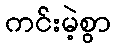
ကင်းမဲ့စွာ